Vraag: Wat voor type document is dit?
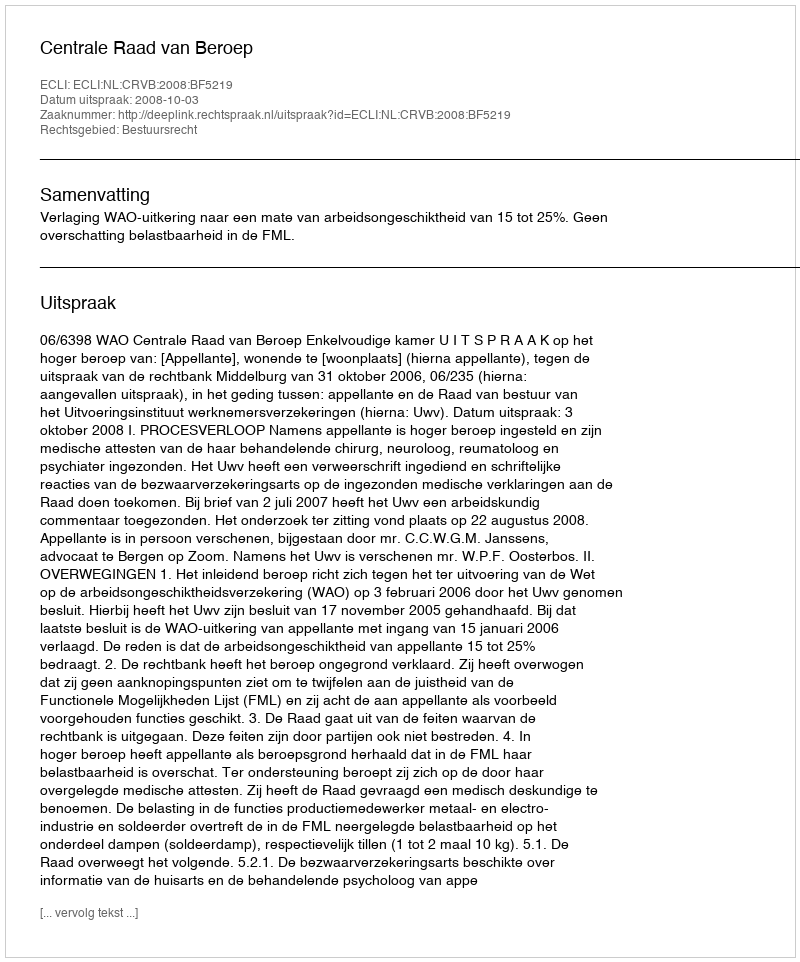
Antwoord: Uitspraak